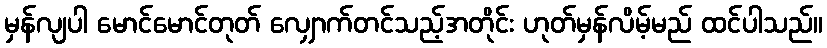
မှန်လျပါ မောင်မောင်တုတ် လျှောက်တင်သည့်အတိုင်း ဟုတ်မှန်လိမ့်မည် ထင်ပါသည်။